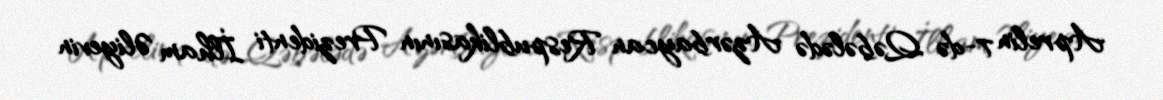
Aprelin 7-də Qəbələdə Azərbaycan Respublikasının Prezidenti İlham Əliyevin